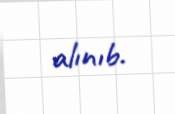
alınıb.